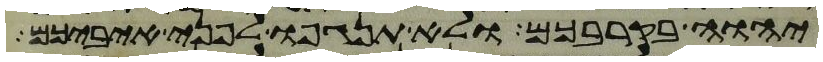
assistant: יהוה בקרבכם ולא תנגפו לפני איביכם